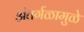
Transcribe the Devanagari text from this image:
अंतर्गळामुळे